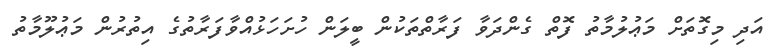
އަދި މިގޮތަށް މަޢުލުމާތު ފޮތް ގެންދަވާ ފަރާތްތަކުން ބީލަން ހުށަހަޅުއްވާފަރާތުގެ އިތުރުން މަޢުލޫމާތު